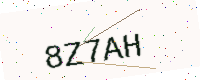
Text: 8Z7AH